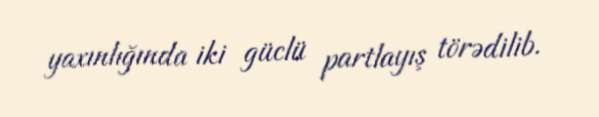
yaxınlığında iki güclü partlayış törədilib.